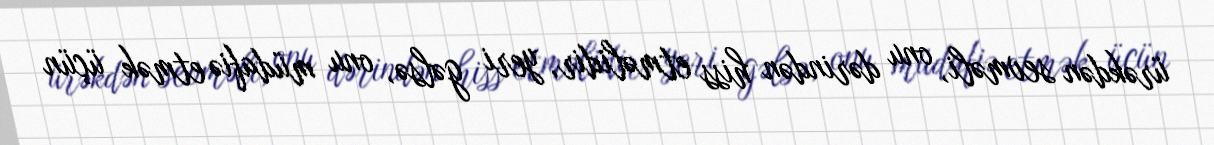
ürəkdən sevməli, onu dərindən hiss etməlidir, yeri gəlsə, onu müdafiə etmək üçün